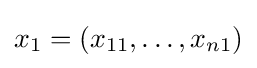
x_{1}=(x_{11},\dots ,x_{n1})